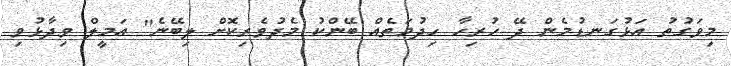
މިވަގުތު އަޅުގަނޑުމެން ދޭ ހުރިހާ ހިދުމަތެއް ބޭންކު މެދުވެރިކޮށް ލިބޭނެ" އަމީލް ވިދާޅުވި